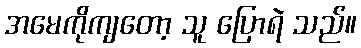
အမေကိုကျတော့ သူ ပြောရဲ သည်။